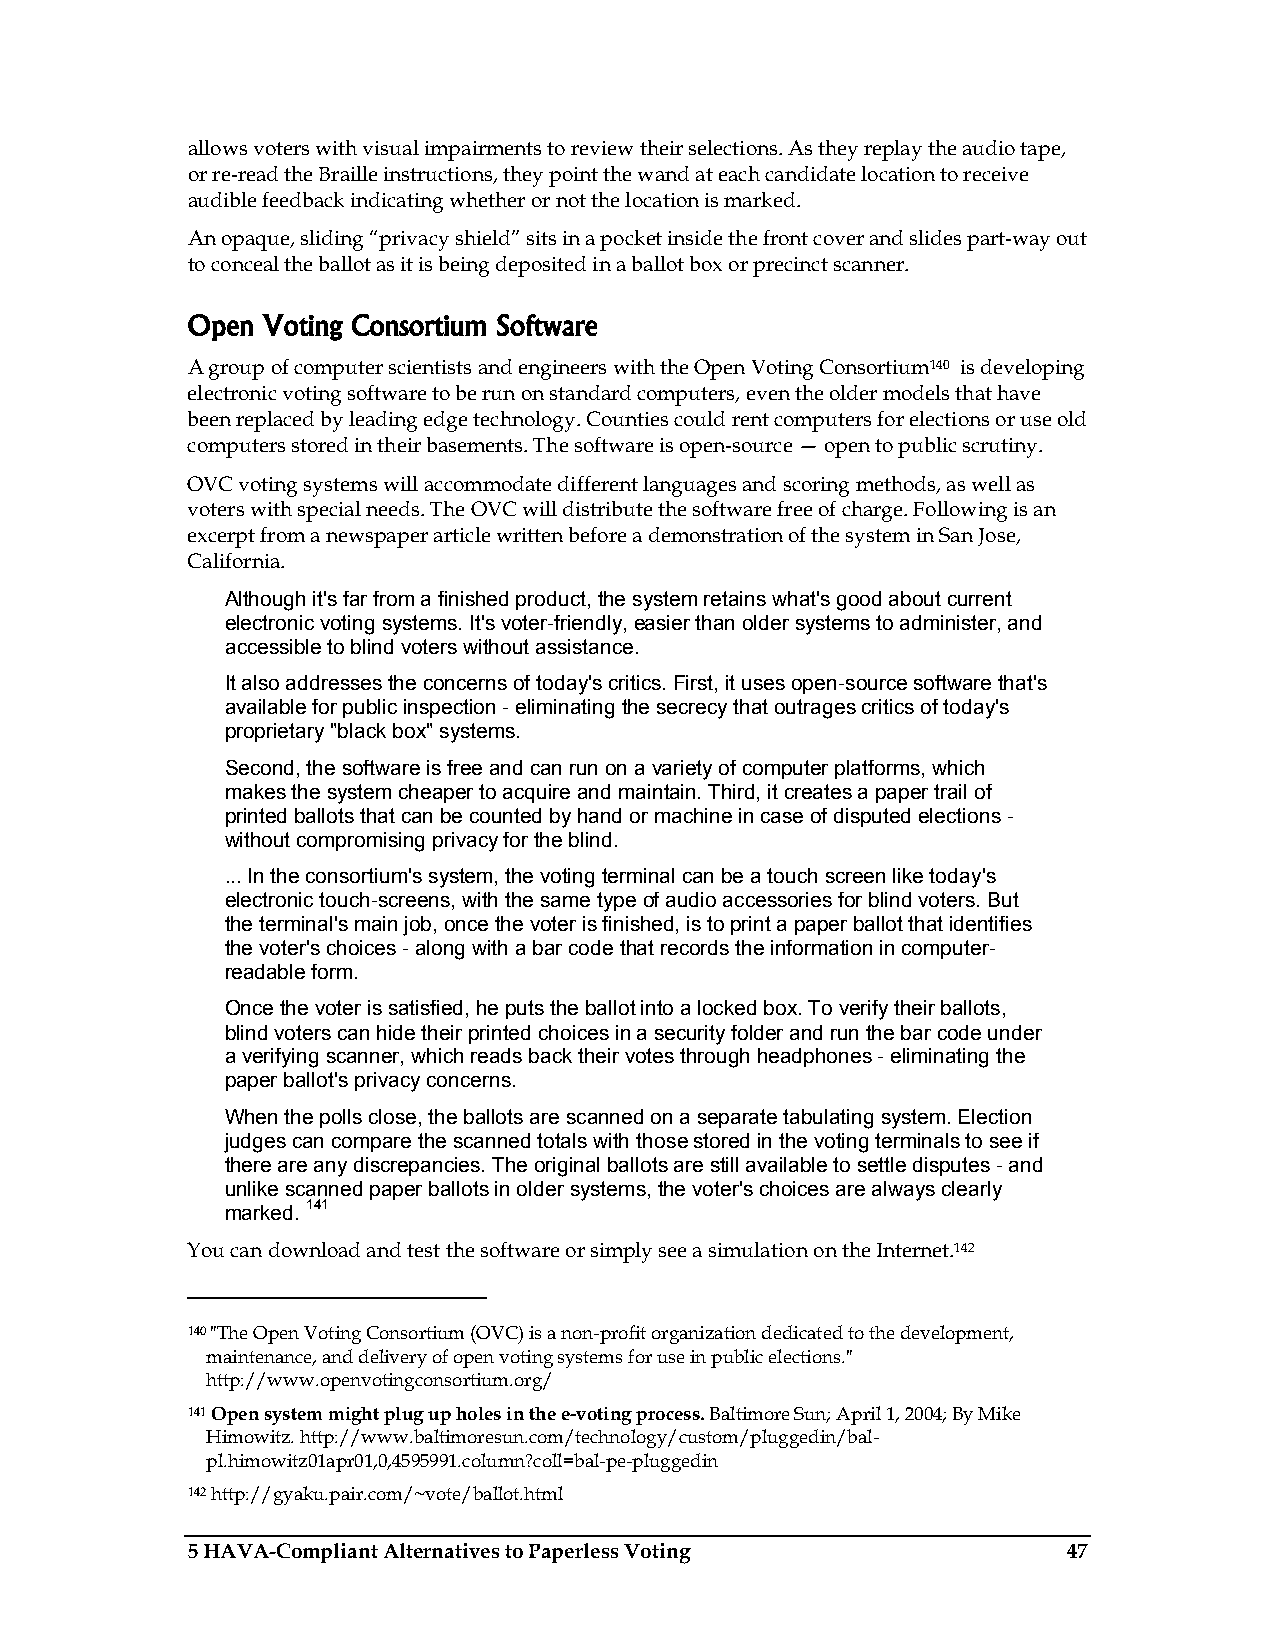
allows voters with visual impairments to review their selections. As they replay the audio tape,
 or re-read the Braille instructions, they point the wand at each candidate location to receive
 audible feedback indicating whether or not the location is marked.
 An opaque, sliding “privacy shield” sits in a pocket inside the front cover and slides part-way out
 to conceal the ballot as it is being deposited in a ballot box or precinct scanner.
 Open Voting Consortium Software
 A group of computer scientists and engineers with the Open Voting Consortium140 is developing
 electronic voting software to be run on standard computers, even the older models that have
 been replaced by leading edge technology. Counties could rent computers for elections or use old
 computers stored in their basements. The software is open-source — open to public scrutiny.
 OVC voting systems will accommodate different languages and scoring methods, as well as
 voters with special needs. The OVC will distribute the software free of charge. Following is an
 excerpt from a newspaper article written before a demonstration of the system in San Jose,
 California.
 Although it's far from a finished product, the system retains what's good about current
 electronic voting systems. It's voter-friendly, easier than older systems to administer, and
 accessible to blind voters without assistance.
 It also addresses the concerns of today's critics. First, it uses open-source software that's
 available for public inspection - eliminating the secrecy that outrages critics of today's
 proprietary "black box" systems.
 Second, the software is free and can run on a variety of computer platforms, which
 makes the system cheaper to acquire and maintain. Third, it creates a paper trail of
 printed ballots that can be counted by hand or machine in case of disputed elections -
 without compromising privacy for the blind.
 ... In the consortium's system, the voting terminal can be a touch screen like today's
 electronic touch-screens, with the same type of audio accessories for blind voters. But
 the terminal's main job, once the voter is finished, is to print a paper ballot that identifies
 the voter's choices - along with a bar code that records the information in computer-
 readable form.
 Once the voter is satisfied, he puts the ballot into a locked box. To verify their ballots,
 blind voters can hide their printed choices in a security folder and run the bar code under
 a verifying scanner, which reads back their votes through headphones - eliminating the
 paper ballot's privacy concerns.
 When the polls close, the ballots are scanned on a separate tabulating system. Election
 judges can compare the scanned totals with those stored in the voting terminals to see if
 there are any discrepancies. The original ballots are still available to settle disputes - and
 unlike scanned paper ballots in older systems, the voter's choices are always clearly
 marked. 141
 You can download and test the software or simply see a simulation on the Internet.142
 140 "The Open Voting Consortium (OVC) is a non-profit organization dedicated to the development,
 maintenance, and delivery of open voting systems for use in public elections."
 http://www.openvotingconsortium.org/
 141 Open system might plug up holes in the e-voting process. Baltimore Sun; April 1, 2004; By Mike
 Himowitz. http://www.baltimoresun.com/technology/custom/pluggedin/bal-
 pl.himowitz01apr01,0,4595991.column?coll=bal-pe-pluggedin
 142 http://gyaku.pair.com/~vote/ballot.html
 5 HAVA-Compliant Alternatives to Paperless Voting          47